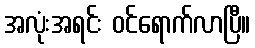
အလုံးအရင်း ဝင်ရောက်လာပြီ။